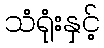
သံရုံးနှင့်